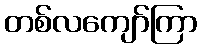
တစ်လကျော်ကြာ